Insane asylums Bombay 1873-77 - 1873-1877
Year: 1873
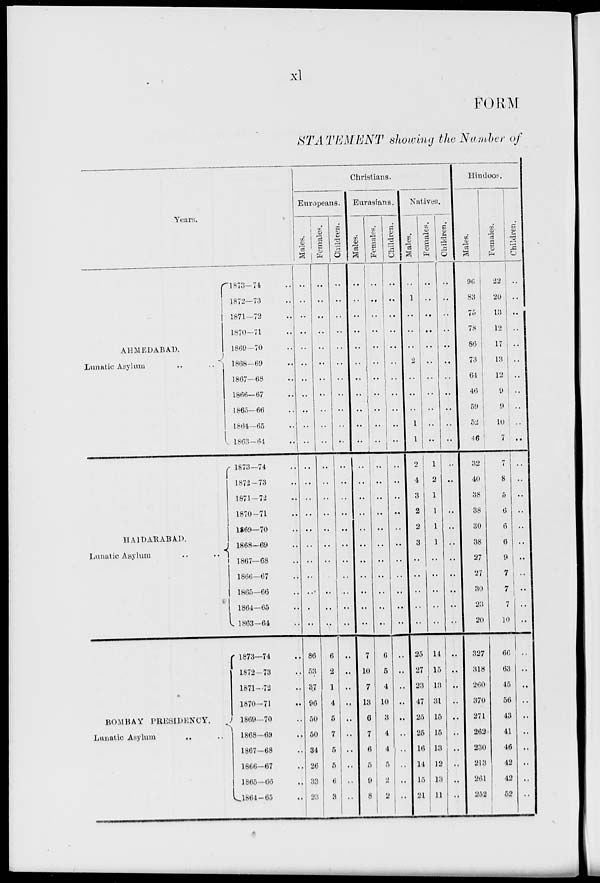
xl
FORM
STATEMENT showing the Number of
Years.
AHMEDABAD.
Lunatic Asylum
..
..
HAIDARABAD.
Lunatic Asylum
..
..
BOMBAY PRESIDENCY.
Lunatic Asylum
..
..
1873-74 ..
1872-73 ..
1871-72 ..
1870-71 ..
1869-70 ..
1868-69 ..
1867-68 ..
1866-67 ..
1865-66 ..
1864-65 ..
1863-64 ..
1873-74 ..
1872-73 ..
1871-72 ..
1870-71 ..
1869-70 ..
1868-69 ..
1867-68 ..
1866-67 ..
1865-66 ..
1864-65 ..
1863-64 ..
1873-74 ..
1872-73 ..
1871-72 ..
1870-71 ..
1869-70 ..
1868-69 ..
1867-68 ..
1866-67 ..
1865-66 ..
1864-65 ..
Christians.
Europeans.
Males.
..
..
..
..
..
..
..
..
..
..
..
..
..
..
..
..
..
..
..
..
..
..
86
53
37
96
50
50
34
26
33
23
Females.
..
..
..
..
..
..
..
..
..
..
..
..
..
..
..
..
..
..
..
..
..
..
6
2
1
4
5
7
5
5
6
3
Children.
..
..
..
..
..
..
..
..
..
..
..
..
..
..
..
..
..
..
..
..
..
..
..
..
..
..
..
..
..
..
..
..
Eurasians.
Males.
..
..
..
..
..
..
..
..
..
..
..
..
..
..
..
..
..
..
..
..
..
..
7
10
7
13
6
7
6
5
9
8
Females.
..
..
..
..
..
..
..
..
..
..
..
..
..
..
..
..
..
..
..
..
..
..
6
5
4
10
3
4
4
5
2
2
Children.
..
..
..
..
..
..
..
..
..
..
..
..
..
..
..
..
..
..
..
..
..
..
..
..
..
..
..
..
..
..
..
..
Natives.
Males.
..
1
..
..
..
2
..
..
..
1
1
2
4
3
2
2
3
..
..
..
..
..
25
27
23
47
25
25
16
14
15
21
Females.
..
..
..
..
..
..
..
..
..
..
..
1
2
1
1
1
1
..
..
..
..
..
14
15
13
31
15
15
13
12
13
11
Children.
..
..
..
..
..
..
..
..
..
..
..
..
..
..
..
..
..
..
..
..
..
..
..
..
..
..
..
..
..
..
..
..
Hindoos.
Males.
96
83
75
78
86
73
64
46
59
52
46
32
40
38
38
30
38
27
27
30
23
20
327
318
260
370
271
262
230
213
261
252
Females.
22
20
13
12
17
13
12
9
9
10
7
7
8
5
6
6
6
9
7
7
7
10
66
63
45
56
43
41
46
42
42
52
Children.
..
..
..
..
..
..
..
..
..
..
..
..
..
..
..
..
..
..
..
..
..
..
..
..
..
..
..
..
..
..
..
..